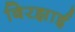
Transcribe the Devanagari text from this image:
बिरझाई